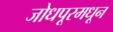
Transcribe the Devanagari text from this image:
जोधपूरमधून